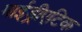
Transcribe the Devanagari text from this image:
माईड्रीएटिक